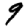
Digit: 9